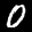
Label: 0